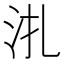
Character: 𣲞